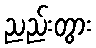
ညည်းတွား